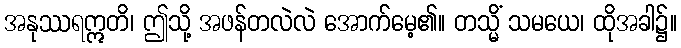
အနုဿရဣတိ၊ ဤသို့ အဖန်တလဲလဲ အောက်မေ့၏။ တသ္မိံ သမယေ၊ ထိုအခါ၌။